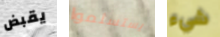
يقبض يستسلموا شيء